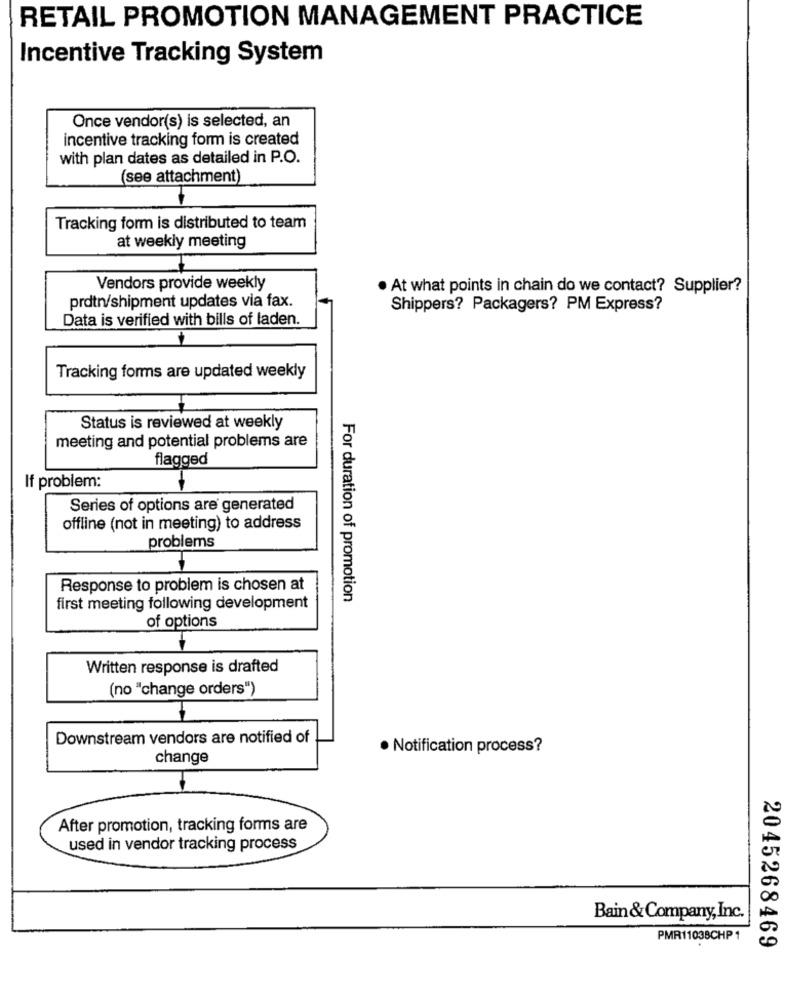
RETAIL PROMOTION MANAGEMENT PRACTICE
Incentive Tracking System
Once vendor(s) is selected, an
incentive tracking form is created
with plan dates as detailed in P.O.
(see attachment)
Tracking form is distributed to team
at weekly meeting
Vendors provide weekly
. At what points in chain do we contact? Supplier?
prdtn/shipment updates via fax.
Shippers? Packagers? PM Express?
Data is verified with bills of laden.
Tracking forms are updated weekly
Status is reviewed at weekly
meeting and potential problems are
flagged
If problem:
Series of options are generated
offline (not in meeting) to address
problems
Response to problem is chosen at
For duration of promotion
first meeting following development
of options
Written response is drafted
(no "change orders")
Downstream vendors are notified of
· Notification process?
change
After promotion, tracking forms are
used in vendor tracking process
Bain& Company, Inc.
PMR11038CHP1
2045268469